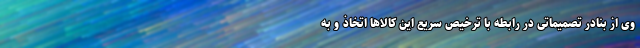
وی از بنادر تصمیماتی در رابطه با ترخیص سریع این کالاها اتخاذ و به